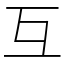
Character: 互